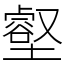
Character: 壑